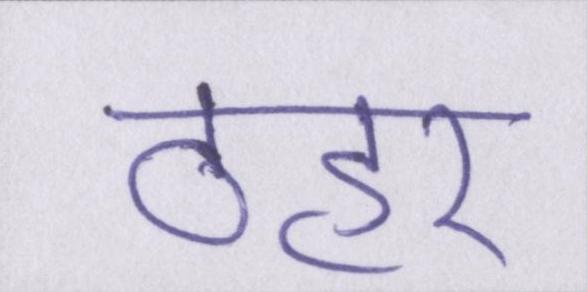
ठहर